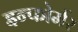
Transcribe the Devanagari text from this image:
इन्फोर्मर